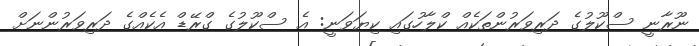
ނޫރާނީ ސްކޫލުގެ ދަރިވަރުންތަކެއް ކްލާހުގައި ކިޔަވަނީ: އެ ސްކޫލުގެ ގްރޭޑް އެކެއްގެ ދަރިވަރުންނަށް